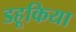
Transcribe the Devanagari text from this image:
डहूकिया